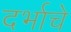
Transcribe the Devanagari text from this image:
दर्भाचे